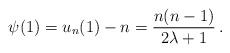
LaTeX: \begin{align*}\psi(1)=u_n(1)-n=\frac{n(n-1)}{2\lambda+1}\,.\end{align*}